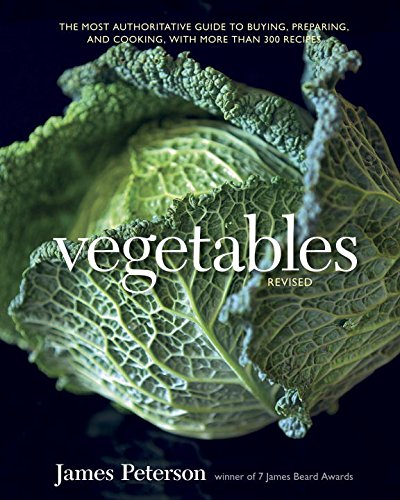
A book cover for Vegetables, Revised: The Most Authoritative Guide to Buying, Preparing, and Cooking, with More than 300 Recipes; James Peterson; Cookbooks, Food & Wine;